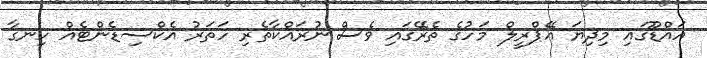
އައްޑޫގައި މިދިޔަ އޭޕްރީލް މަހުގެ ތެރޭގައި ވެސް ނުރައްކާތެރި ހަތަރު އެކްސިޑެންޓެއް ހިނގާ